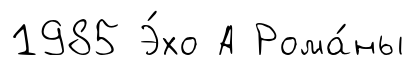
1985 Э́хо А Рома́ны